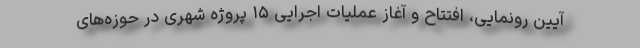
آیین رونمایی، افتتاح و آغاز عملیات اجرایی ۱۵ پروژه شهری در حوزه‌های